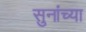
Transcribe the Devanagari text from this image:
सुनांच्या